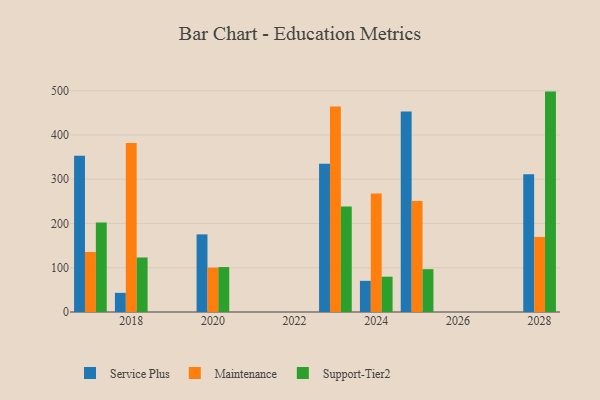
{"axis": {"x": "Year", "y": "Temperature (°C)"}, "legend": ["Maintenance", "Service Plus", "Support-Tier2"], "data": [{"x": "2028", "y": 311.4, "type": "Service Plus"}, {"x": "2028", "y": 169.6, "type": "Maintenance"}, {"x": "2028", "y": 498.1, "type": "Support-Tier2"}, {"x": "2024", "y": 70.4, "type": "Service Plus"}, {"x": "2024", "y": 267.6, "type": "Maintenance"}, {"x": "2024", "y": 79.8, "type": "Support-Tier2"}, {"x": "2018", "y": 43.3, "type": "Service Plus"}, {"x": "2018", "y": 382.2, "type": "Maintenance"}, {"x": "2018", "y": 123.2, "type": "Support-Tier2"}, {"x": "2025", "y": 453.1, "type": "Service Plus"}, {"x": "2025", "y": 250.7, "type": "Maintenance"}, {"x": "2025", "y": 96.8, "type": "Support-Tier2"}, {"x": "2023", "y": 335.0, "type": "Service Plus"}, {"x": "2023", "y": 464.2, "type": "Maintenance"}, {"x": "2023", "y": 238.2, "type": "Support-Tier2"}, {"x": "2017", "y": 353.0, "type": "Service Plus"}, {"x": "2017", "y": 135.6, "type": "Maintenance"}, {"x": "2017", "y": 202.1, "type": "Support-Tier2"}, {"x": "2020", "y": 175.4, "type": "Service Plus"}, {"x": "2020", "y": 100.4, "type": "Maintenance"}, {"x": "2020", "y": 101.5, "type": "Support-Tier2"}]}